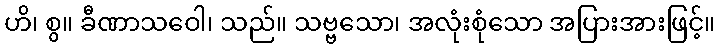
ဟိ၊ စွ။ ခီဏာသဝေါ၊ သည်။ သဗ္ဗသော၊ အလုံးစုံသော အပြားအားဖြင့်။